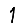
Digit: 1